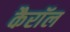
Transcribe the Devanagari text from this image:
कैराॅल